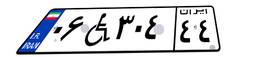
۰۶W۳۰۴۴۴